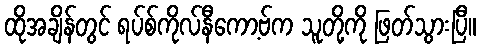
ထိုအချိန်တွင် ရပ်စ်ကိုလ်နီကော့ဗ်က သူတို့ကို ဖြတ်သွားပြီ။